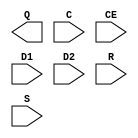
// $Header: /devl/xcs/repo/env/Databases/CAEInterfaces/verplex_libs/data/simprims/Attic/X_ODDR.v,v 1.1.2.1 2004/09/28 20:47:46 wloo Exp $

`timescale 1 ps / 1 ps

module X_ODDR (Q, C, CE, D1, D2, R, S);

    output Q;
    input C;
    input CE;
    input D1;
    input D2;    
    input R;
    input S;
    parameter DDR_CLK_EDGE = "OPPOSITE_EDGE";    
    parameter INIT = 1'b0;
    parameter SRTYPE = "SYNC";

endmodule // X_ODDR